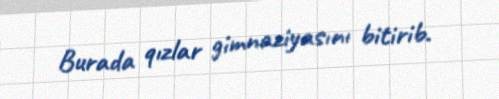
Burada qızlar gimnaziyasını bitirib.